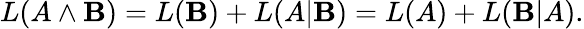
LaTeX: L(A\land\mathbf{B})=L(\mathbf{B})+L(A|\mathbf{B})=L(A)+L(\mathbf{B}|A).